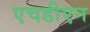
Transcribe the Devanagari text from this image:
एचडीएन